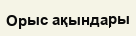
Орыс ақындары